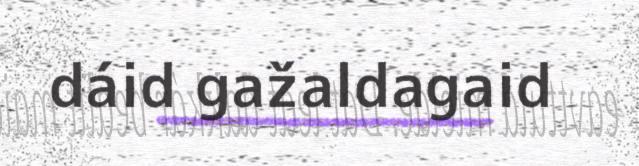
dáid gažaldagaid